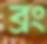
ব্রং